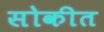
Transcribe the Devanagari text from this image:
सोकीत